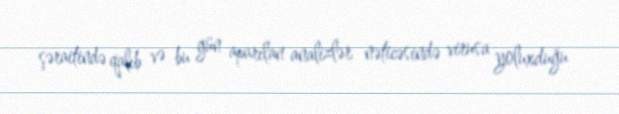
şəraitində qalıb və bu gün aparılan analizlər nəticəsində virusa yoluxduğu